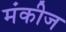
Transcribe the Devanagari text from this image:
मंकीज